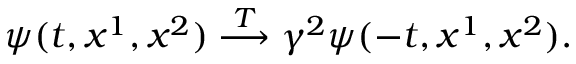
\psi ( t , x ^ { 1 } , x ^ { 2 } ) \stackrel { { \cal T } } { \longrightarrow } \gamma ^ { 2 } \psi ( - t , x ^ { 1 } , x ^ { 2 } ) .